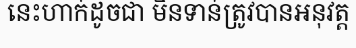
នេះហាក់ដូចជា មិនទាន់ត្រូវបានអនុវត្ត